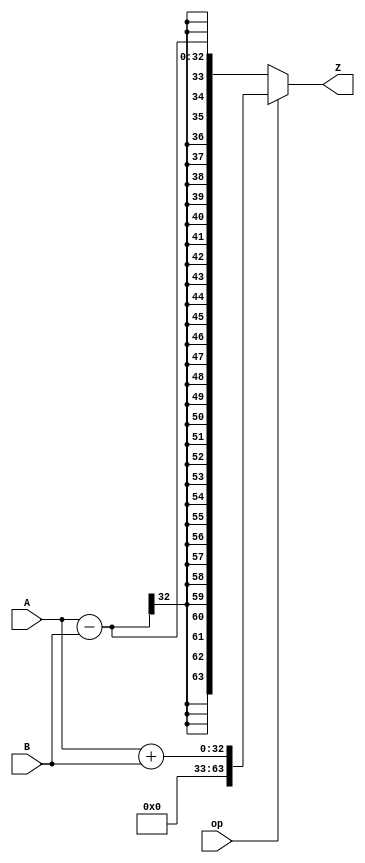
module mul(
	input wire [31:0]		A, B,
	input wire				op,
	output wire [63:0]	Z
);
	assign Z = (op == 1) ? A+B : A-B;
endmodule